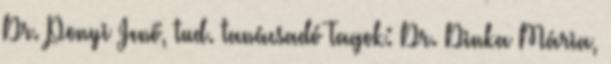
Dr. Ponyi Jenő, tud. tanácsadó Tagok: Dr. Dinka Mária,